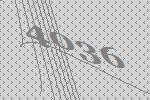
4036